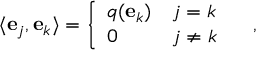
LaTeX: \langle \mathbf { e } _ { j } , \mathbf { e } _ { k } \rangle = \left\{ { \begin{array} { l l } { q ( \mathbf { e } _ { k } ) } & { j = k } \\ { 0 } & { j \neq k } \end{array} } \right. \quad ,